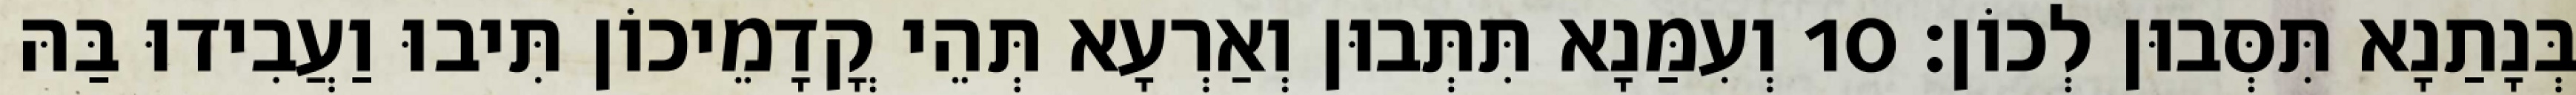
בְּנָתַנָא תִּסְּבוּן לְכוֹן׃ 10 וְעִמַּנָא תִּתְּבוּן וְאַרְעָא תְּהֵי קֳדָמֵיכוֹן תִּיבוּ וַעֲבִידוּ בַּהּ